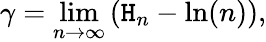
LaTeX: \gamma=\operatorname*{lim}_{n\rightarrow\infty}{\left(\mathtt{H}_{n}-\ln(n)\right)},